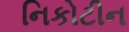
નિકોટીન